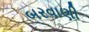
બરવાણી